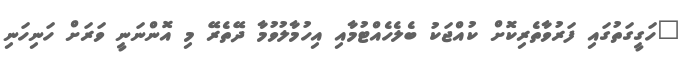
"ހަގީގަތުގައި ފަރުވާތެރިކޮށް ކުއްޖަކު ބެލެހެއްޓުމާއި އިހުމާލުވުމާ ދޭތެރޭ މި އޮންނަނީ ވަރަށް ހަނިހަނި